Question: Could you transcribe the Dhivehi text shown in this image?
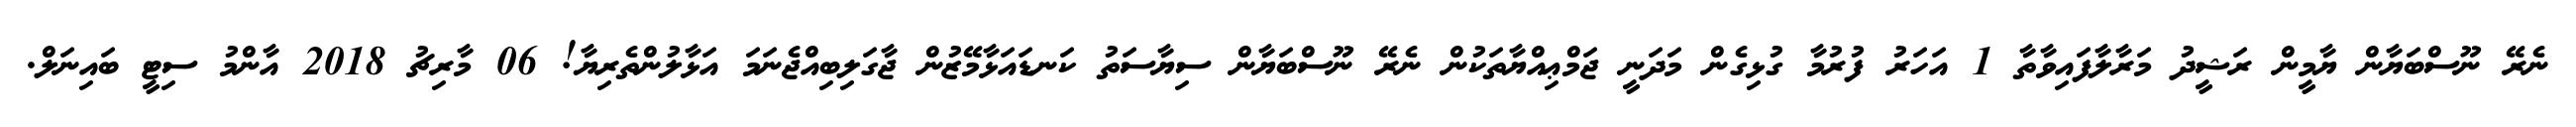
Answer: ނެރޭ ނޫސްބަޔާން ޔާމީން ރަޝީދު މަރާލާފައިވާތާ 1 އަހަރު ފުރުމާ ގުޅިގެން މަދަނީ ޖަމްޢިއްޔާތަކުން ނެރޭ ނޫސްބަޔާން ސިޔާސަތު ކަނޑައަޅާމޭޒުން ޖާގަލިބިއްޖެނަމަ އަޅާލުންތެރިޔާ! 06 މާރިޗު 2018 އާންމު ސިޓީ ބައިނަލް.